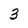
Character: 3